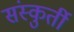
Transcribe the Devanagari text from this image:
संस्कुर्ती